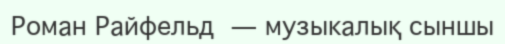
Роман Райфельд — музыкалық сыншы